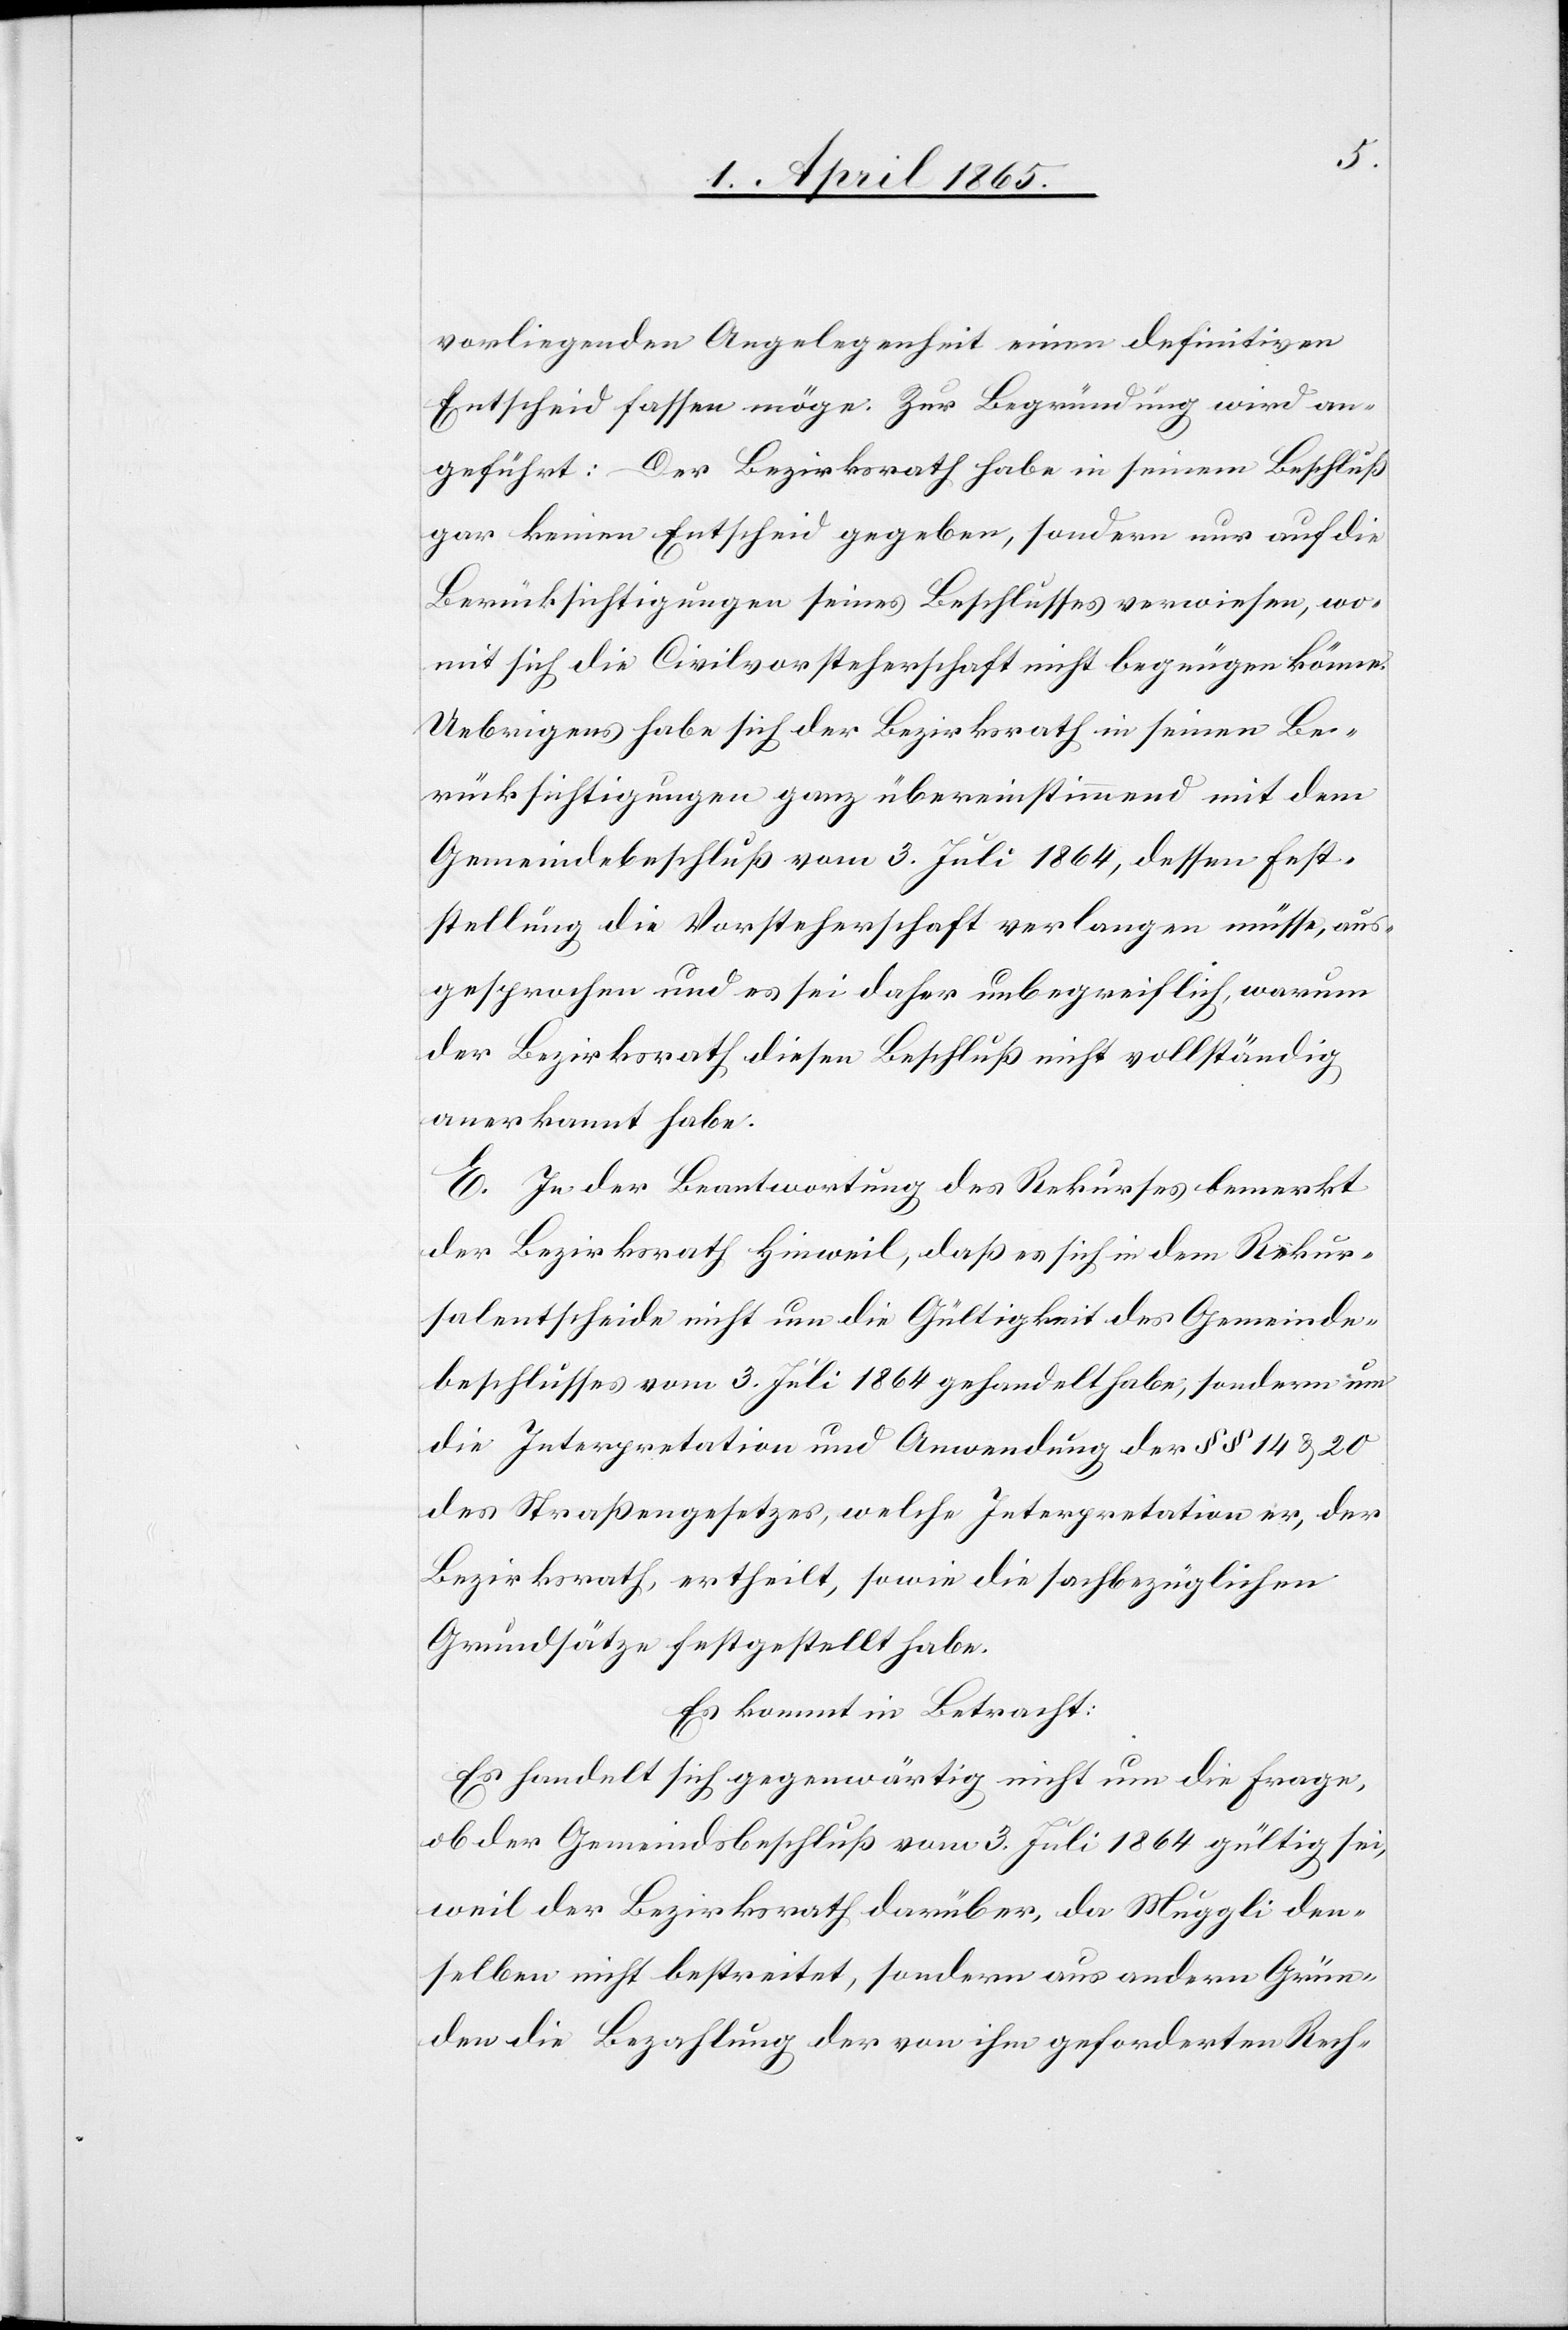
vorliegenden Angelegenheit einen definitiven
Entscheid fassen möge. Zur Begründung wird an¬
geführt: Der Bezirksrath habe in seinem Beschluß
gar keinen Entscheid gegeben, sondern nur auf die
Berücksichtigungen seines Beschlusses verwiesen, wo¬
mit sich die Civilvorsteherschaft nicht begnügen könne.
Uebrigens habe sich der Bezirksrath in seinen Be¬
rücksichtigungen ganz übereinstimmend mit dem
Gemeindebeschluß vom 3. Juli 1864, dessen Fest¬
stellung die Vorsteherschaft verlangen müsse, aus¬
gesprochen und es sei daher unbegreiflich, warum
der Bezirksrath diesen Beschluß nicht vollständig
anerkannt habe.
E. In der Beantwortung des Rekurses bemerkt
der Bezirksrath Hinweil, daß es sich in dem Rekur¬
salentscheide nicht um die Gültigkeit des Gemeinde¬
beschlusses vom 3. Juli 1864 gehandelt habe, sondern um
die Interpretation und Anordnung der § §14 & 20
des Straßengesetzes, welche Interpretation er, der
Bezirksrath, ertheilt, sowie die sachbezüglichen
Grundsätze festgestellt habe.
Es kommt in Betracht:
Es handelt sich gegenwärtig nicht um die Frage,
ob der Gemeindsbschluß vom 3. Juli 1864 gültig sei,
weil der Bezirksrath darüber, da Muggli den¬
selben nicht bestreitet, sondern aus andern Grün¬
den die Bezahlung der von ihm geforderten Rech-